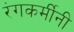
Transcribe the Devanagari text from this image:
रंगकर्मींनी